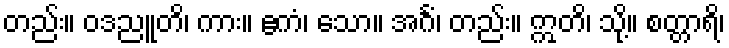
တည်း။ ဝဒညူတိ၊ ကား။ ဧကံ၊ သော။ အင်္ဂံ၊ တည်း။ ဣတိ၊ သို့။ စတ္တာရိ၊